Vaccination in Bombay 1924-1928 - 1924-1928
Year: 1924
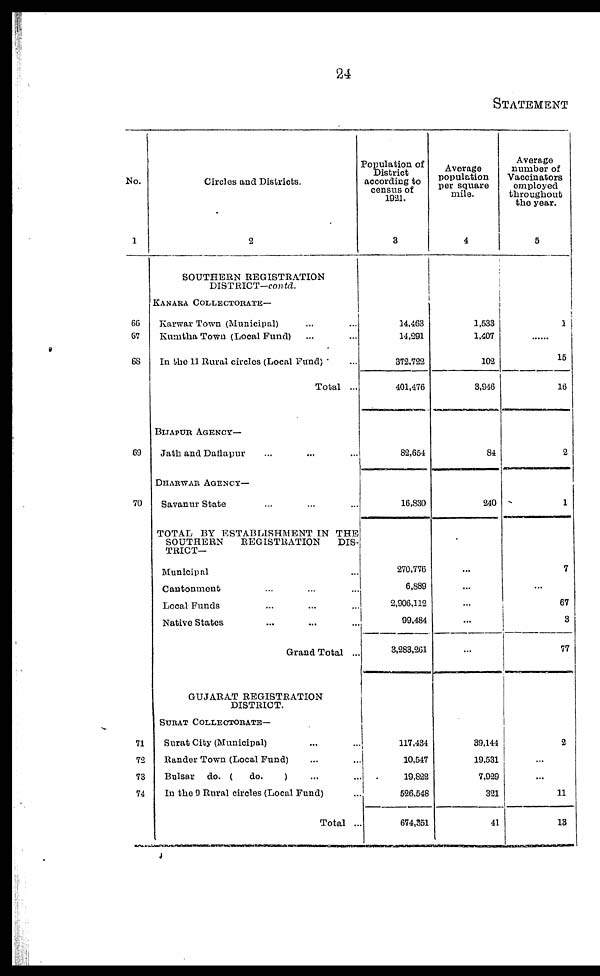
24
STATEMENT
No.
1
66
67
68
69
70
71
72
73
74
Circles and Districts.
2
SOUTHERN REGISTRATION
DISTRICT-contd.
KANARA COLLECTORATE—
Karwar Town (Municipal) ... ...
Kumtha Town (Local Fund) ... ...
In the 11 Rural circles (Local Fund) ...
Total ...
BIJAPUR AGENCY—
Jath and Daflapur ... ...
DHARWAR AGENCY—
Savanur State ... ... ...
TOTAL BY ESTABLISHMENT IN THE
SOUTHERN
REGISTRATION
DIS-
TRICT—
Municipal ...
Cantonment ... ... ...
Local Funds ... ... ...
Native States ... ... ...
Grand Total ...
GUJARAT REGISTRATION
DISTRICT.
SURAT COLLECTORATE—
Surat City (Municipal) ... ...
Rander Town (Local Fund) ... ...
Bulsar do. (
do.
) ... ...
In the 9 Rural circles (Local Fund) ...
Total ...
Population of
District
according to
census of
1921.
3
14,463
14,291
372,722
401,476
82,654
16,830
270,776
6,889
2,906,112
99,484
3,283,261
117,434
10,547
19,822
526,548
674,351
Average
population
per square
mile.
4
1,533
1,407
102
3,946
84
240
...
...
...
...
...
39,144
19,531
7,929
321
41
Average
number of
Vaccinators
employed
throughout
the year.
5
1
...
15
16
2
1
7
...
67
3
77
2
...
...
11
13